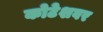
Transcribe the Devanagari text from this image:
कोटेशवर